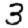
Digit: 3